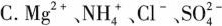
C.Mg^{2+}、NH_{4}^{+}、Cl^{-}、SO_{4}^{2-}